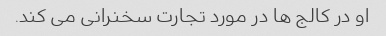
او در کالج ها در مورد تجارت سخنرانی می کند.